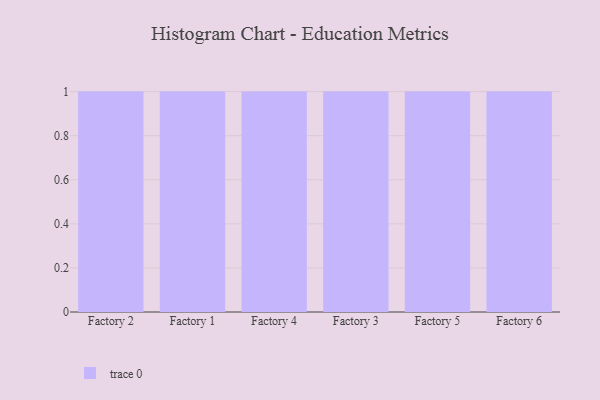
{"axis": {"x": "Factory", "y": "Shipments"}, "legend": [""], "data": [{"x": "Factory 2", "y": 28, "type": ""}, {"x": "Factory 1", "y": 88, "type": ""}, {"x": "Factory 4", "y": 66, "type": ""}, {"x": "Factory 3", "y": 21, "type": ""}, {"x": "Factory 5", "y": 35, "type": ""}, {"x": "Factory 6", "y": 76, "type": ""}]}